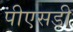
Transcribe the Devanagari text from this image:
पीएसडी